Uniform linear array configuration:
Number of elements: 64
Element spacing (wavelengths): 0.75
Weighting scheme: binomial
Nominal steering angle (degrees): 45
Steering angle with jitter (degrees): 46.356
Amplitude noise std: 0.05
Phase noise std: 0.05

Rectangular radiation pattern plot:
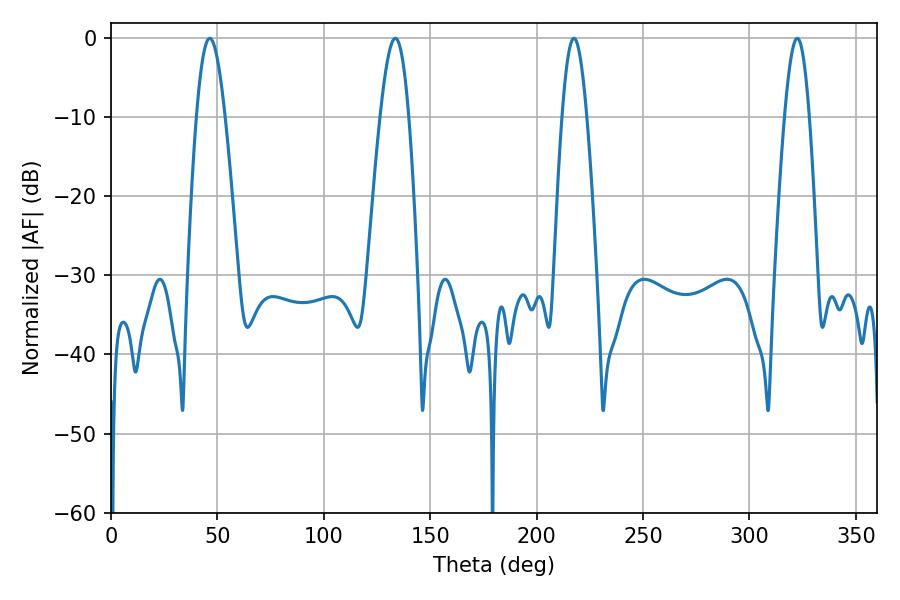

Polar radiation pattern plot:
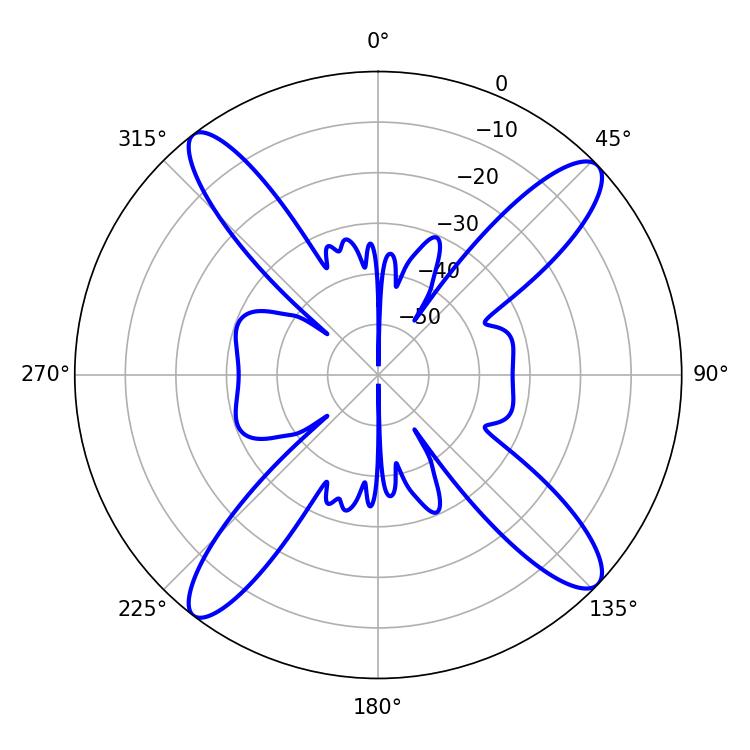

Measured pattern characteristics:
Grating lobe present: TRUE
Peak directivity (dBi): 15.649
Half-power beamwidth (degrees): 7.38
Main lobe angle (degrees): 46.44